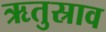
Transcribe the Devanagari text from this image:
ऋतुस्राव